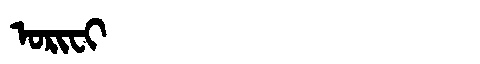
Manchu: ᠣᡵᡳᠸᡳ
Romanization: ORIFI